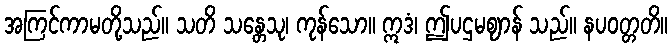
အကြင်ကာမတို့သည်။ သတိ သန္တေသု၊ ကုန်သော။ ဣဒံ၊ ဤပဌမဈာန် သည်။ နပဝတ္တတိ။